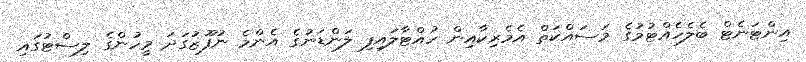
އިންޓަނެޓް ބެލެހެއްޓުމުގެ މަސައްކަތް އެމެރިކާއިން ހުއްޓާލައިފި ލަންޑަނުގެ އެންމެ ނުފޫޒުގަދަ މީހުންގެ ލިސްޓުގައި